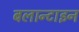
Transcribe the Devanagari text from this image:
बलान्टाइन